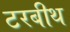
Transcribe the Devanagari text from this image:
टरबीथ